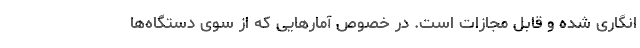
انگاری شده و قابل مجازات است. در خصوص آمارهایی که از سوی دستگاه‌ها